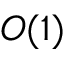
O ( 1 )